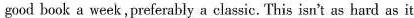
good book a week, preferably a classic. This isn't as hard as it